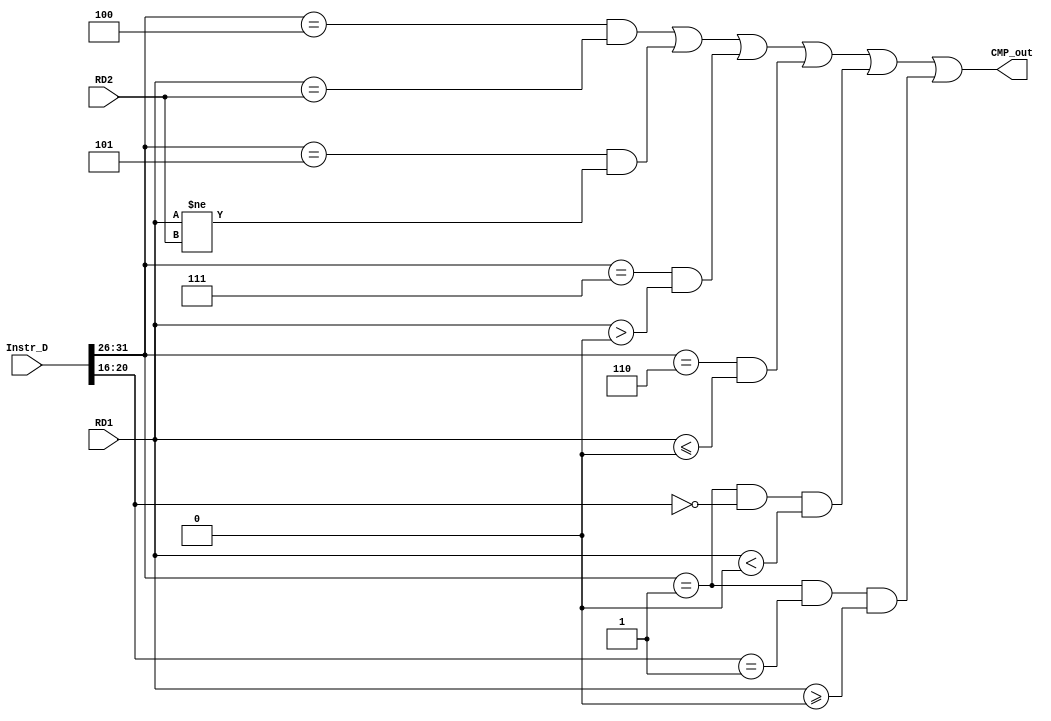
`timescale 1ns / 1ps
`define op 31:26
`define func 5:0
`define rs 25:21
`define rt 20:16
`define rd 15:11
//////////////////////////////////////////////////////////////////////////////////
// Company: 
// Engineer: 
// 
// Design Name: 
// Module Name:    CMP_module 
// Project Name: 
// Target Devices: 
// Tool versions: 
// Description: 
//
// Dependencies: 
//
// Revision: 
// Revision 0.01 - File Created
// Additional Comments: 
//
//////////////////////////////////////////////////////////////////////////////////
module CMP_module(
	 input [31:0] Instr_D,
    input [31:0] RD1,
    input [31:0] RD2,
    output CMP_out
    );
	
	parameter beq  = 6'b000100,
				 bne  = 6'b000101,
				 b_   = 6'b000001,
				 bgtz = 6'b000111,
				 blez = 6'b000110,
				 bltz = 5'b00000,
				 bgez = 5'b00001;
				 
	assign CMP_out = (Instr_D[`op]==beq && RD1==RD2)|
						  (Instr_D[`op]==bne && RD1!=RD2)|
						  (Instr_D[`op]==bgtz && $signed(RD1)>0)|
						  (Instr_D[`op]==blez && $signed(RD1)<=0)|
						  (Instr_D[`op]==b_ && Instr_D[20:16]==bltz && $signed(RD1)<0)|
						  (Instr_D[`op]==b_ && Instr_D[20:16]==bgez && $signed(RD1)>=0);

endmodule